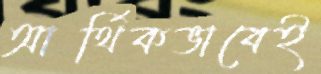
আর্থিকভাবেই